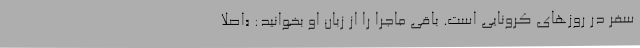
سفر در روزهای کرونایی است. باقی ماجرا را از زبان او بخوانید: «اصلاً